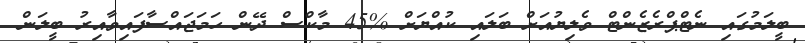
ބީލަމުގައި ނެޓްޕްރެޒެންޓް ވެލިޔުއަށް ބަލައި ކުއްޔަށް %45 މާކްސް ދޭން ހަމަޖައްސާފައިވާއިރު ބީލަން